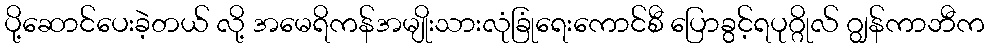
ပို့ဆောင်ပေးခဲ့တယ် လို့ အမေရိကန်အမျိုးသားလုံခြုံရေးကောင်စီ ပြောခွင့်ရပုဂ္ဂိုလ် ဂျွန်ကာဘီက